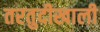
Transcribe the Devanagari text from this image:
तरतुदीखाली